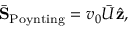
\begin{array} { r } { \bar { \bf S } _ { \mathrm { P o y n t i n g } } = v _ { 0 } \bar { U } \hat { \bf z } , } \end{array}